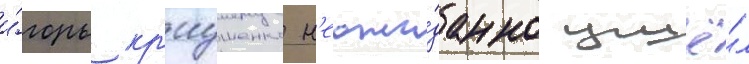
и́горь кр'иушенко н'еожи́данно ушё́л